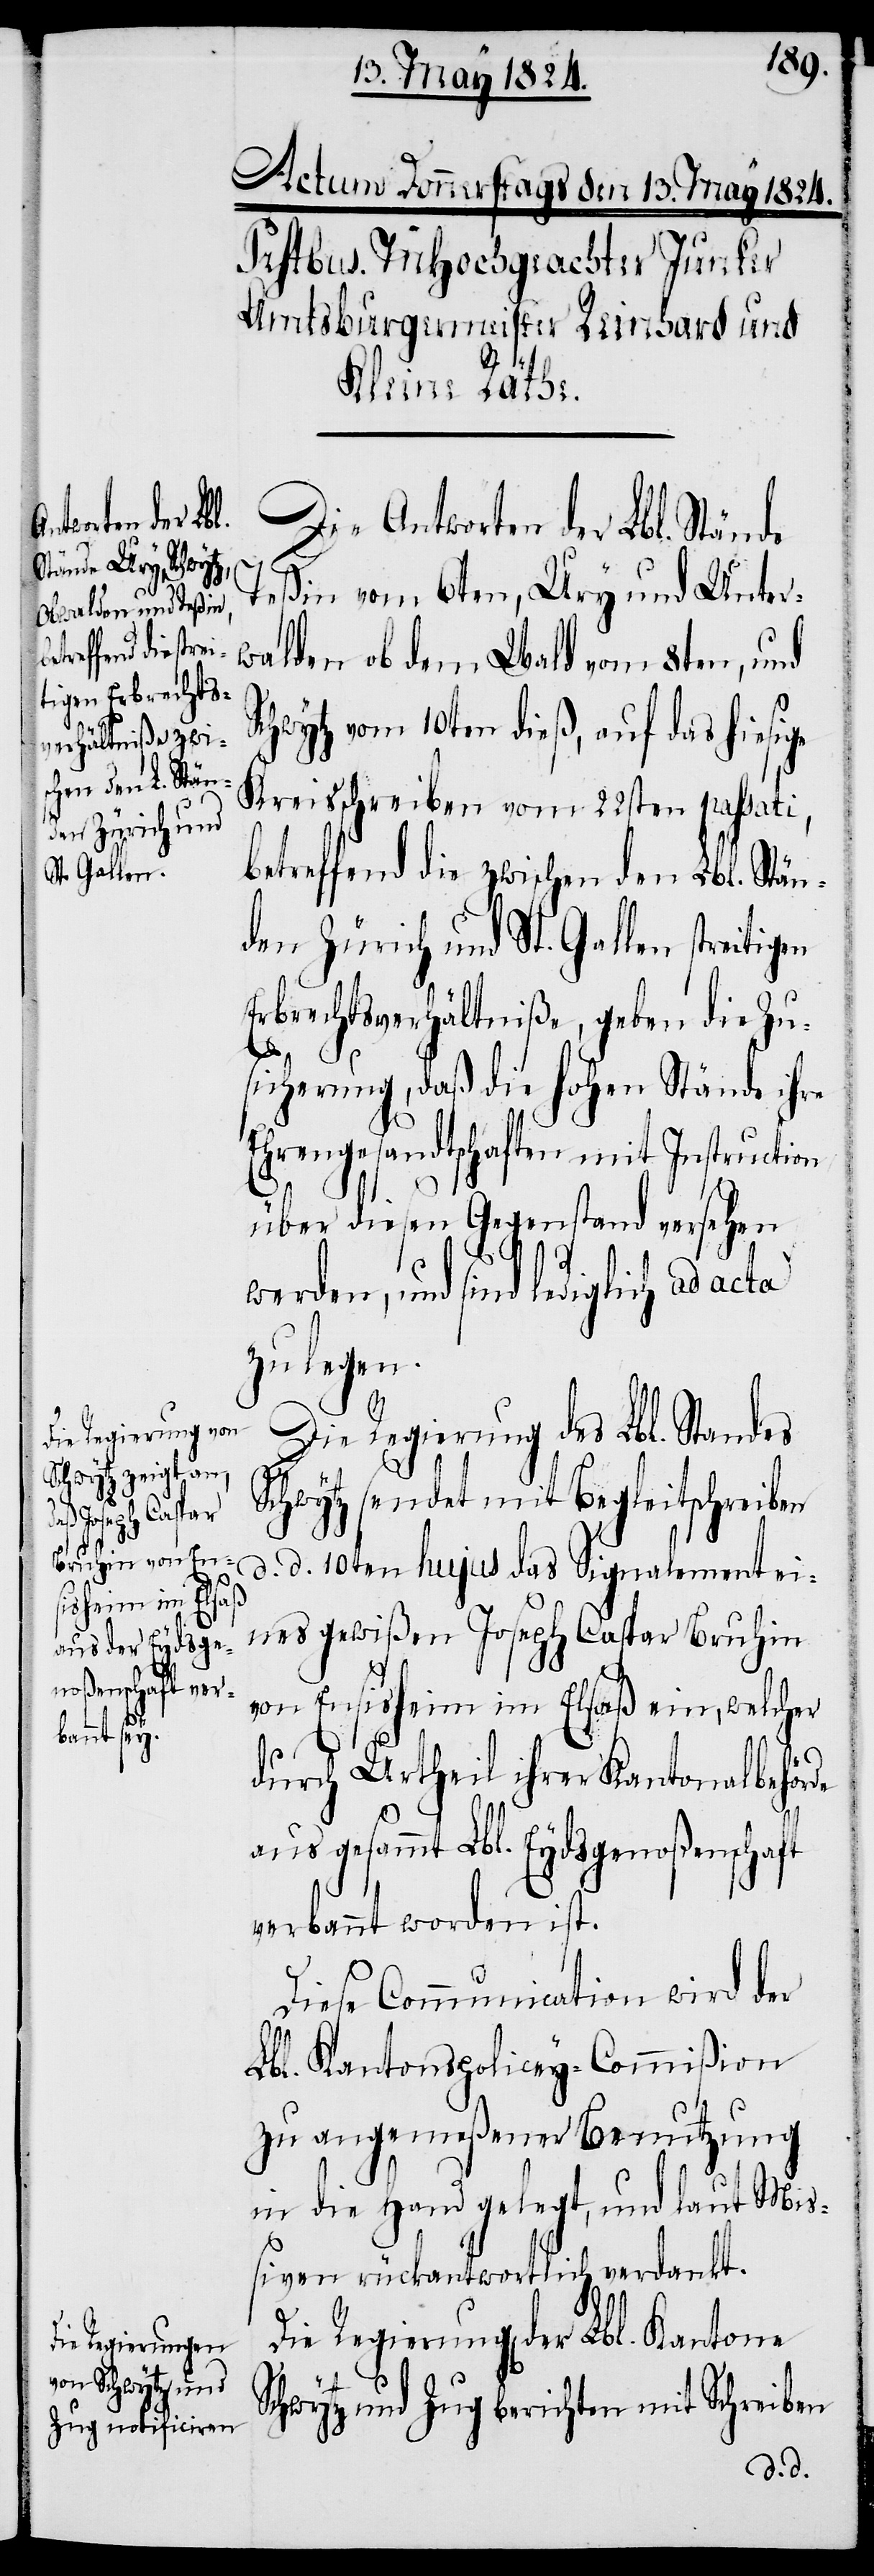
Die Antworten der Lbl. Stände
Teßin vom 6ten, Ury und Unter¬
walden ob dem Wald vom 8ten, und
Schwytz vom 10ten dieß, auf das hiesige
Kreisschreiben vom 22sten passati,
betreffend die zwischen den Lbl. Stän¬
den Zürich und St. Gallen streitigen
Erbrechtsverhältniße, geben die Zu¬
sicherung, daß die hohen Stände ihre
Ehrengesandtschaften mit Instruction
über diesen Gegenstand versehen
werden, und sind lediglich ad
zu legen.
Die Regierung des Lbl. Standes
Schwytz sendet mit Begleitschreiben
d d. 10ten hujus das Signalelement ei¬
nes gewißen Joseph Caspar Bruhin
von Enisheim im Elsaß ein, welcher
durch Urtheil ihrer Kantonalbehörde
aus gesammt Lbl. Eydsgenoßenschaft
verbannt worden ist.
Diese Communication wird der
Lbl. Kantonspolicey-Commißion
zu angemeßener Benutzung
in die Hand gelegt, und laut Miß¬
iven rückantwortlich verdankt.
Die Regierung der Lbl. Kantone
Schwytz und Zug berichten mit Schreiben